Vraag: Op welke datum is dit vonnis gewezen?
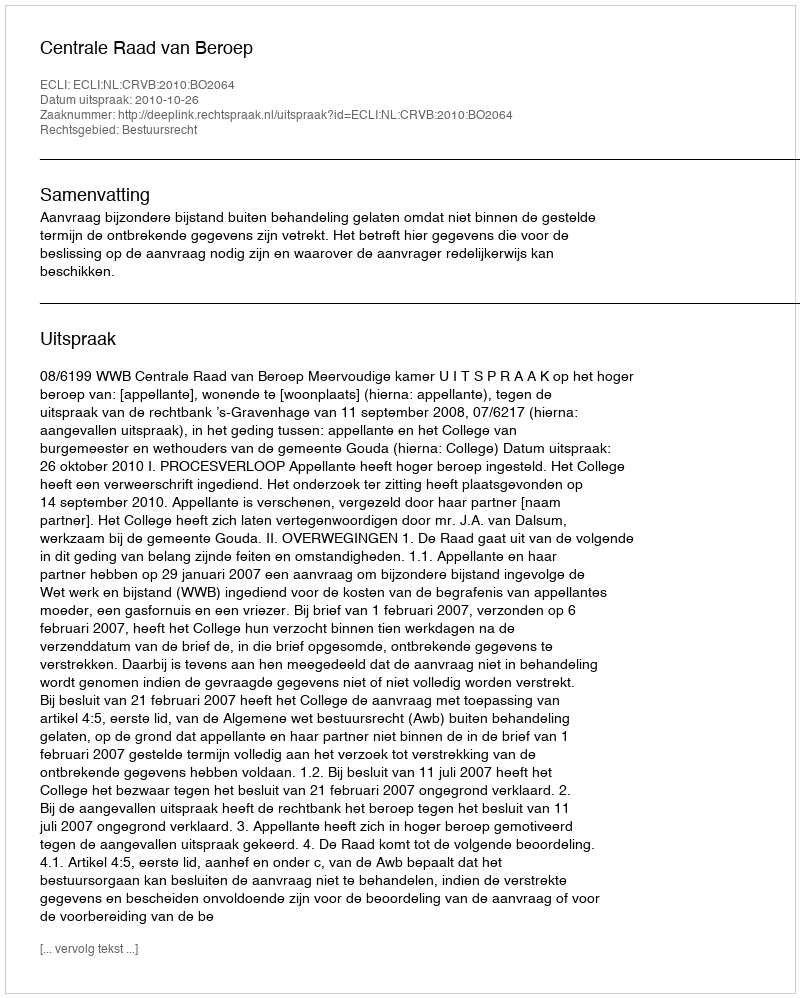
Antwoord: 2010-10-26